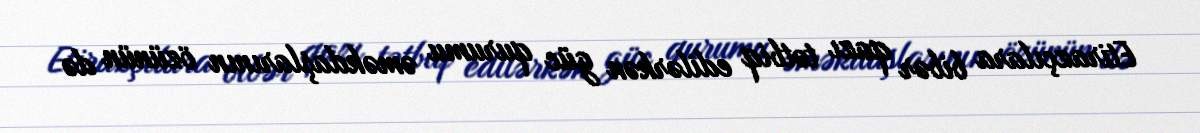
Etirazçılara bibər qazı tətbiq edilərkən güc qurumu əməkdaşlarının özünün də